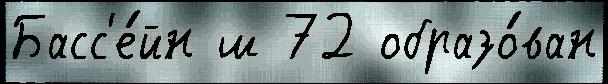
Басс'е́йн ш 72 образо́ван